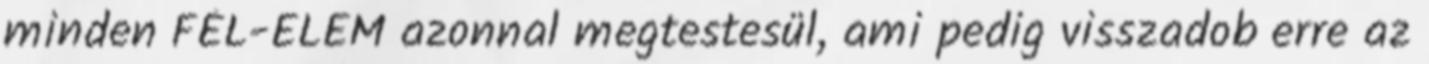
minden FÉL-ELEM azonnal megtestesül, ami pedig visszadob erre az